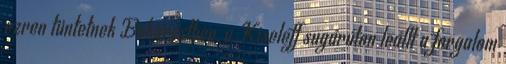
ezren tüntetnek Bukarestben, a Kiseleff sugárúton leállt a forgalom